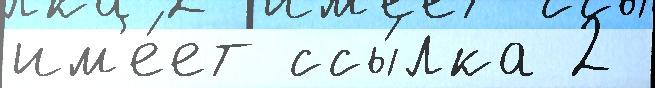
им'е́ет ссы́лка 2